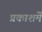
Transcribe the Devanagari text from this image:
प्रकाशमें